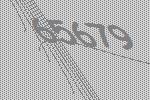
65679